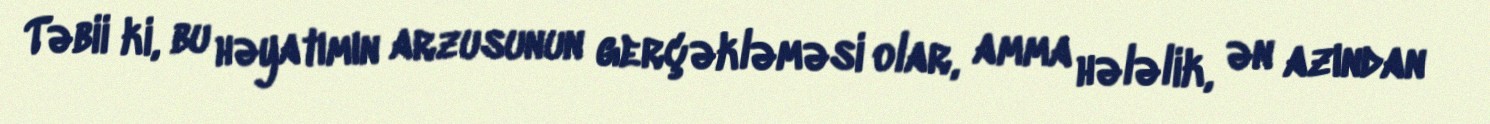
Təbii ki, bu həyatımın arzusunun gerçəkləməsi olar, amma hələlik, ən azından